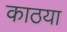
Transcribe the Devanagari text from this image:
काठया